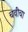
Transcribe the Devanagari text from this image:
चवींचा